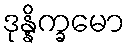
ဒုန္နိက္ခမော